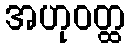
အဟုဝတ္ထ